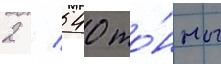
2 / 540 то́нны